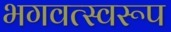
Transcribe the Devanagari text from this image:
भगवत्स्वरूप